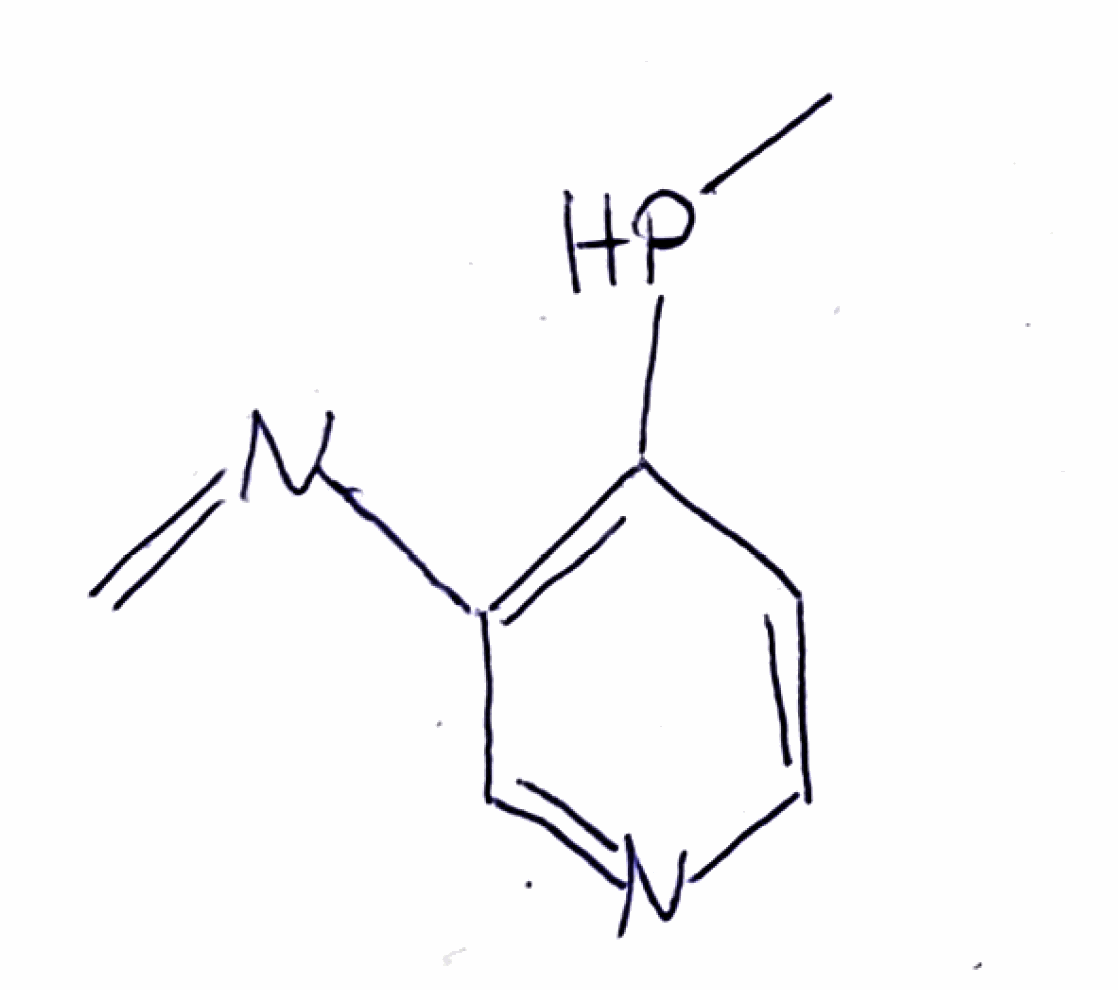
Simplified molecular-input line-entry system (SMILES) notation of the given molecule:
CPC1=C(C=NC=C1)N=C